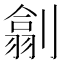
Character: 𠟊